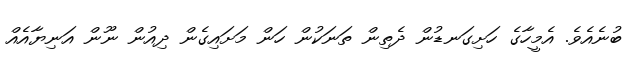
ބުނެއެވެ. އެމީހާގެ ހަށިގަނޑުން ދެތިން ތަނަކުން ހަން މަށައިގެން ދިއުން ނޫން އަނިޔާއެއް